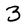
Character: 3